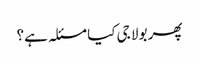
پھر بولا جی کیا مسئلہ ہے؟